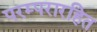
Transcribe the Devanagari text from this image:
परम्परारहित